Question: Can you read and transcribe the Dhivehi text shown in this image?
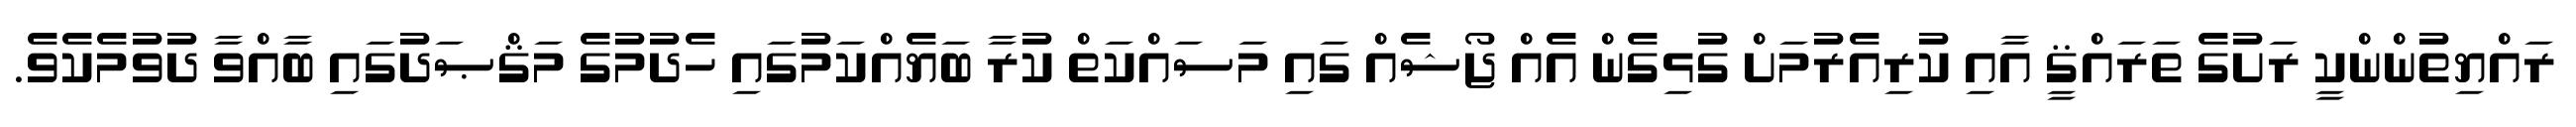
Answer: ރައްޔިތުންންކީ ރަށުގެ ތަރައްޤީ އާއި ކުރިއެރުމަށް ގުޅިގެން އެއް ޖޯޝެއް ގައި މަސައްކަތް ކުރާ ބަޔެއްކަމުގައި ހެދުމުގެ މަޤްޞަދުގައި ބާއްވާ ދުވުމެކެވެ.